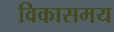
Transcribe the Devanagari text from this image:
विकासमय